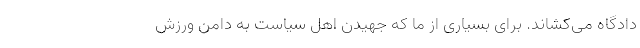
دادگاه می‌کشاند. برای بسیاری از ما که جهیدن اهل سیاست به دامن ورزش